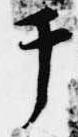
テ